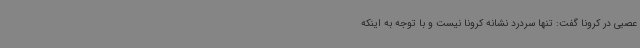
عصبی در کرونا گفت: تنها سردرد نشانه کرونا نیست و با توجه به اینکه